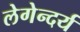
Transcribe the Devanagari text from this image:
लेगेन्दर्य